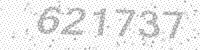
Solution: 621737